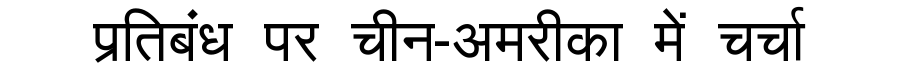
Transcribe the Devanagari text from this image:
प्रतिबंध पर चीन-अमरीका में चर्चा